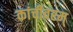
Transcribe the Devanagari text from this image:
कांचीवरम्